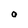
Character: o